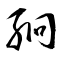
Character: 絅